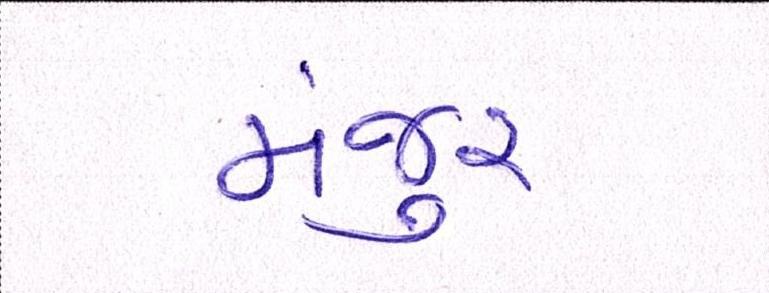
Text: મંજુર